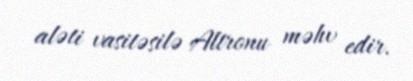
aləti vasitəsilə Altronu məhv edir.